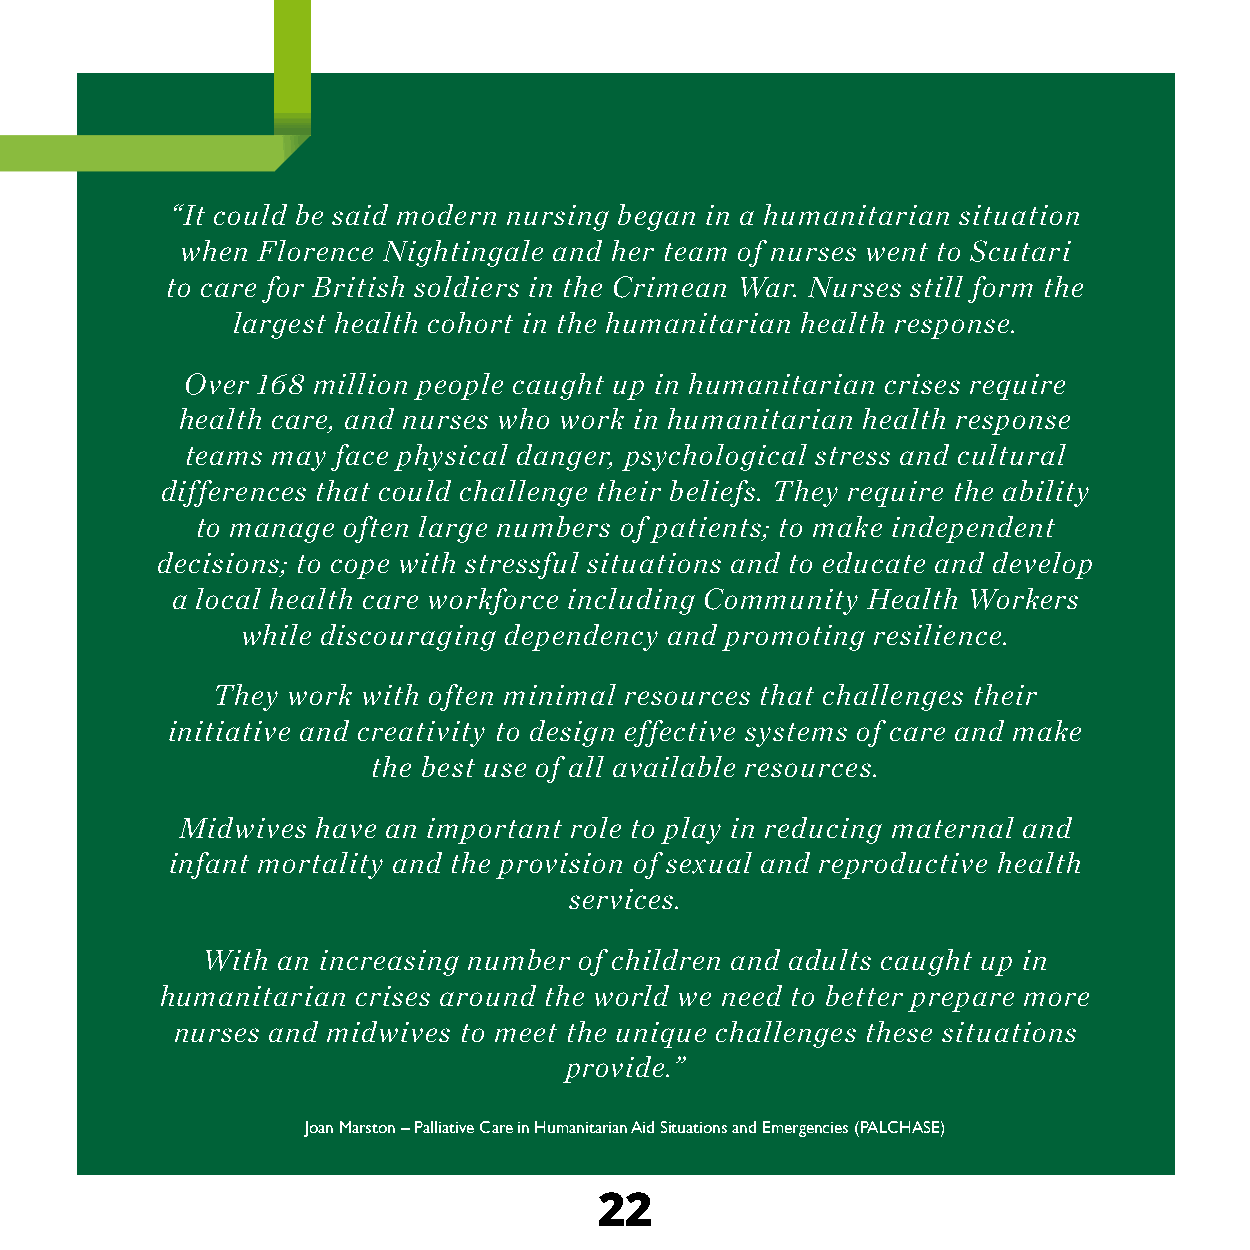
“It could be said modern nursing began in a humanitarian situation
 when Florence Nightingale and her team of nurses went to Scutari
 to care for British soldiers in the Crimean War. Nurses still form the
 largest health cohort in the humanitarian health response.
 Over 168 million people caught up in humanitarian crises require
 health care, and nurses who work in humanitarian health response
 teams may face physical danger, psychological stress and cultural
 differences that could challenge their beliefs. They require the ability
 to manage often large numbers of patients; to make independent
 decisions; to cope with stressful situations and to educate and develop
 a local health care workforce including Community Health Workers
 while discouraging dependency and promoting resilience.
 They work with often minimal resources that challenges their
 initiative and creativity to design effective systems of care and make
 the best use of all available resources.
 Midwives have an important role to play in reducing maternal and
 infant mortality and the provision of sexual and reproductive health
 services.
 With an increasing number of children and adults caught up in
 humanitarian crises around the world we need to better prepare more
 nurses and midwives to meet the unique challenges these situations
 provide.”
 Joan Marston – Palliative Care in Humanitarian Aid Situations and Emergencies (PALCHASE)
 22